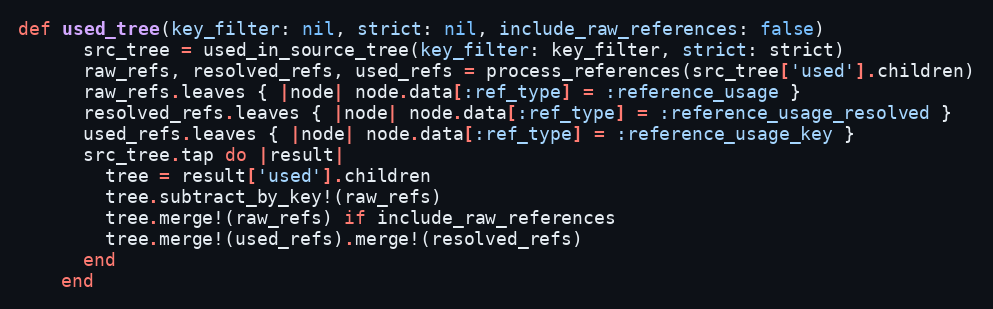
Language: Ruby
def used_tree(key_filter: nil, strict: nil, include_raw_references: false)
      src_tree = used_in_source_tree(key_filter: key_filter, strict: strict)
      raw_refs, resolved_refs, used_refs = process_references(src_tree['used'].children)
      raw_refs.leaves { |node| node.data[:ref_type] = :reference_usage }
      resolved_refs.leaves { |node| node.data[:ref_type] = :reference_usage_resolved }
      used_refs.leaves { |node| node.data[:ref_type] = :reference_usage_key }
      src_tree.tap do |result|
        tree = result['used'].children
        tree.subtract_by_key!(raw_refs)
        tree.merge!(raw_refs) if include_raw_references
        tree.merge!(used_refs).merge!(resolved_refs)
      end
    end